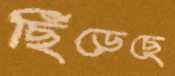
ছিঁড়েছে